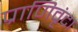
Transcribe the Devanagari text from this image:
प्राणिवृंदा